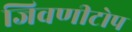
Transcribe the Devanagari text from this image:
जिवणीटोप